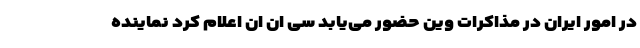
در امور ایران در مذاکرات وین حضور می‌یابد سی ان ان اعلام کرد نماینده